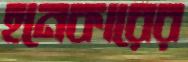
হনেকারের